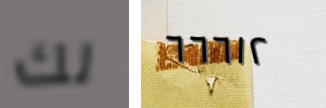
لك ٦٦٦١٢